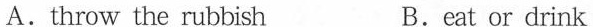
A.throw the rubbish B.eat or drink